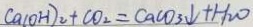
C a ( O H ) _ { 2 } + C O _ { 2 } = C a C O _ { 3 } \downarrow + H _ { 2 } O